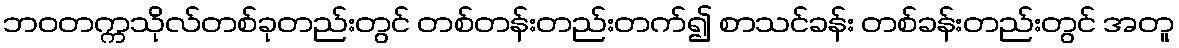
ဘဝတက္ကသိုလ်တစ်ခုတည်းတွင် တစ်တန်းတည်းတက်၍ စာသင်ခန်း တစ်ခန်းတည်းတွင် အတူ